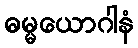
ဓမ္မယောဂါနံ